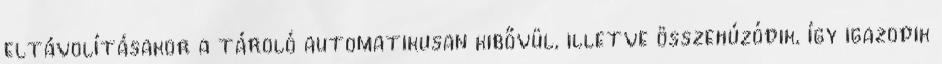
eltávolításakor a tároló automatikusan kibővül, illetve összehúzódik, így igazodik